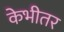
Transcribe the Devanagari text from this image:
केभीतर